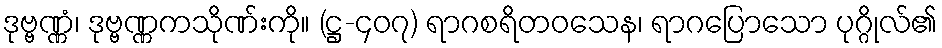
ဒုဗ္ဗဏ္ဏံ၊ ဒုဗ္ဗဏ္ဏကသိုဏ်းကို။ (ဋ္ဌ-၄၀၇) ရာဂစရိတဝသေန၊ ရာဂပြောသော ပုဂ္ဂိုလ်၏